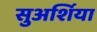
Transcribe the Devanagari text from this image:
सुअर्शिया